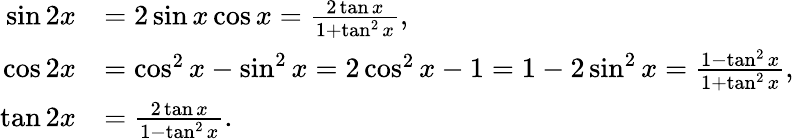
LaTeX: {\begin{array}{rl}{\sin 2x}&{=2\sin x\cos x={\frac{2\tan x}{1+\tan^{2}x}},}\\ {\cos 2x}&{=\cos^{2}x-\sin^{2}x=2\cos^{2}x-1=1-2\sin^{2}x={\frac{1-\tan^{2}x}{1+\tan^{2}x}},}\\ {\tan 2x}&{={\frac{2\tan x}{1-\tan^{2}x}}.}\end{array}}